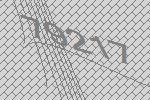
79217